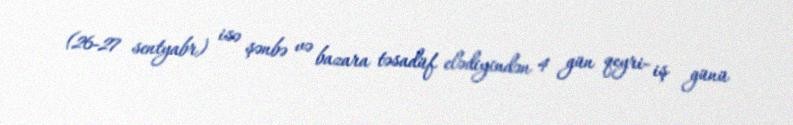
(26-27 sentyabr) isə şənbə və bazara təsadüf elədiyindən 4 gün qeyri- iş günü